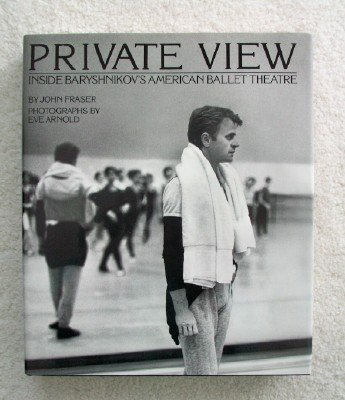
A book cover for Private View: Inside Baryshnikov's American Ballet Theatre; John Fraser; Biographies & Memoirs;